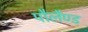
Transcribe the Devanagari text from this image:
पौलैण्ड